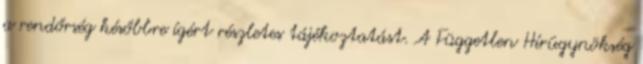
a rendőrség későbbre ígért részletes tájékoztatást. A Független Hírügynökség